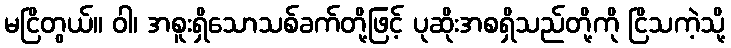
မငြိတွယ်။ ဝါ၊ အစူးရှိသောသစ်ခက်တို့ဖြင့် ပုဆိုးအစရှိသည်တို့ကို ငြိသကဲ့သို့